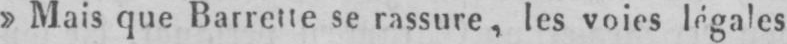
» Mais que Barrette se rassure, les voies légales